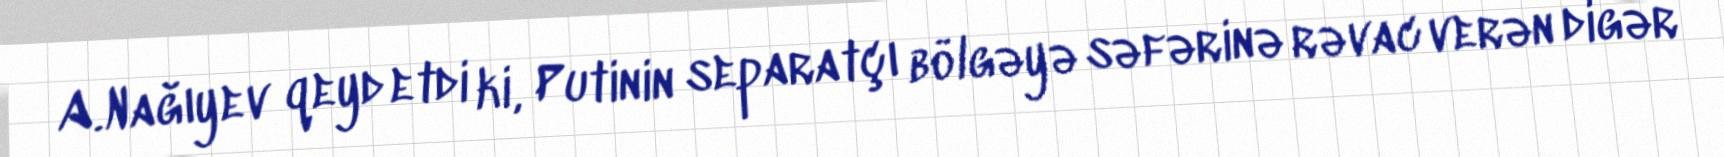
A.Nağıyev qeyd etdi ki, Putinin separatçı bölgəyə səfərinə rəvac verən digər